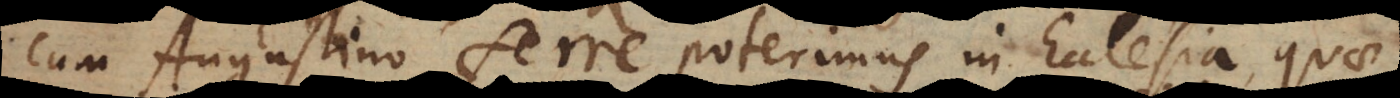
cum Augustino ferre poterimus in Ecclesia, quae